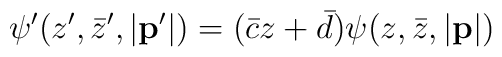
\psi^{\prime}(z^{\prime},\bar{z}^{\prime},|{\bf p}^{\prime}|)=(\bar{c}z+\bar{d})\psi(z,\bar{z},|{\bf p}|)